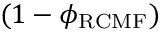
( 1 - \phi _ { \mathrm { R C M F } } )